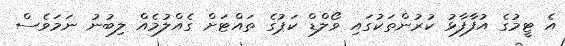
އެ ޓީމުގެ އުފާފާޅު ކުރުންތަކުގައި ވޯލްޑް ކަޕުގެ ތައްޓަށް ގެއްލުމެއް ލިބުނު ނަމަވެސް